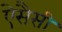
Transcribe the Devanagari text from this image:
ऐसैसी